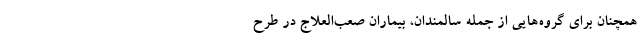
همچنان برای گروه‌هایی از جمله سالمندان، بیماران صعب‌العلاج در طرح